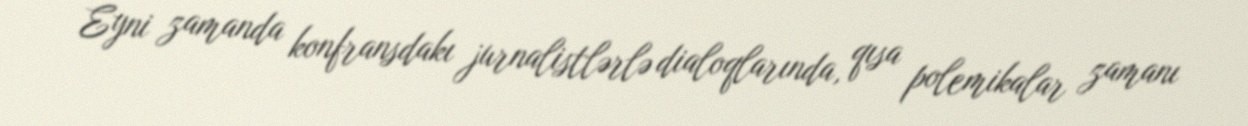
Eyni zamanda konfransdakı jurnalistlərlə dialoqlarında, qısa polemikalar zamanı